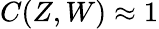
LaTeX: C(Z,W)\approx 1